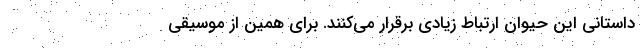
داستانی این حیوان ارتباط زیادی برقرار می‌کنند. برای همین از موسیقی